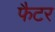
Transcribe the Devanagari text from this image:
फैटर